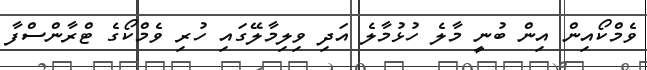
ވެމްކޯއިން އިން ބުނީ މާލެ ހުޅުމާލެ އަދި ވިލިމާލޭގައި ހުރި ވެމްކޯގެ ޓްރާންސްފާ